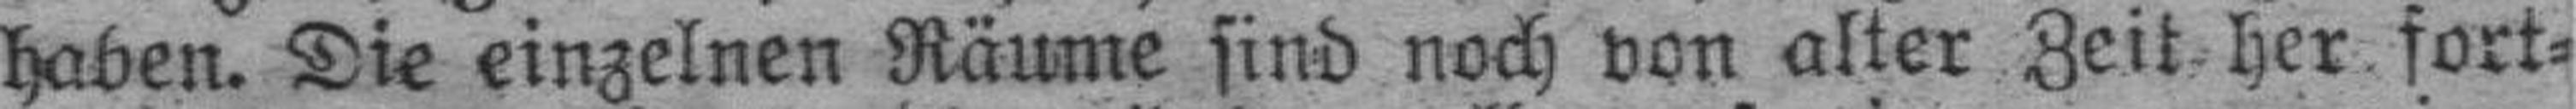
haben. Die einzelnen Räume sind noch von alter Zeit her fort¬